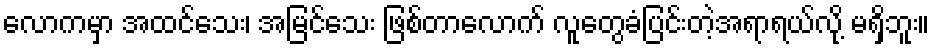
လောကမှာ အထင်သေး၊ အမြင်သေး ဖြစ်တာလောက် လူတွေခံပြင်းတဲ့အရာရယ်လို့ မရှိဘူး။